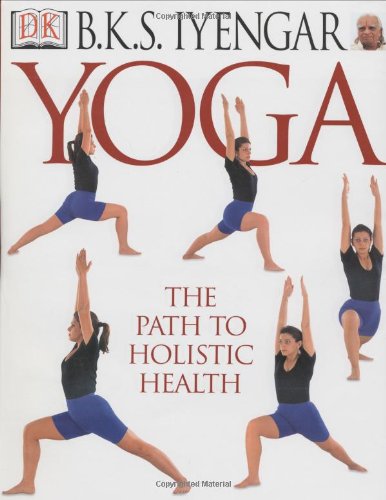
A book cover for Yoga: THE PATH TO HOLISTIC HEALTH; B.K.S. Iyengar; Health, Fitness & Dieting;